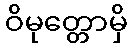
ဝိမုတ္တောမှိ